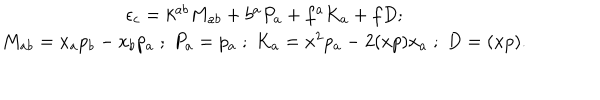
LaTeX: \begin{array} { c } { { \epsilon _ { c } = k ^ { a b } M _ { a b } + b ^ { a } P _ { a } + f ^ { a } K _ { a } + f D ; } } \\ { { M _ { a b } = x _ { a } p _ { b } - x _ { b } p _ { a } \; ; \; P _ { a } = p _ { a } \; ; \; K _ { a } = x ^ { 2 } p _ { a } - 2 ( x p ) x _ { a } \; ; \; D = ( x p ) . } } \\ \end{array}